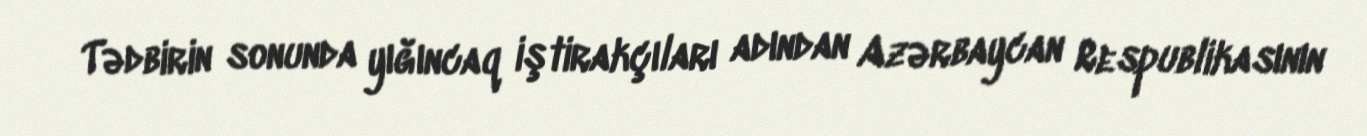
Tədbirin sonunda yığıncaq iştirakçıları adından Azərbaycan Respublikasının